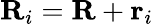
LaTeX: \mathbf{R}_{i}=\mathbf{R}+\mathbf{r}_{i}